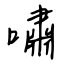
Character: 嘯